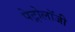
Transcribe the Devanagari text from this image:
पेट्रोलॉजी